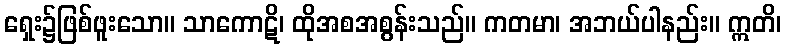
ရှေး၌ဖြစ်ဖူးသော။ သာကောဋိ၊ ထိုအစအစွန်းသည်။ ကတမာ၊ အဘယ်ပါနည်း။ ဣတိ၊